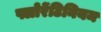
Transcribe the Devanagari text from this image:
फ्लोरेंटिनियम